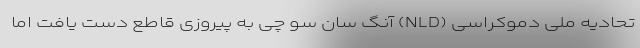
تحادیه ملی دموکراسی (NLD) آنگ سان سو چی به پیروزی قاطع دست یافت اما